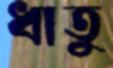
ধাতু